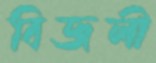
বিজলী